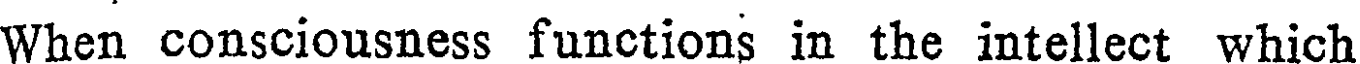
When consciousness functions in the intellect which